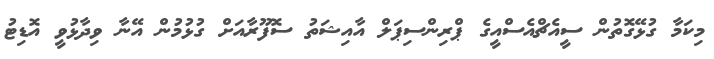
މިކަމާ ގުޅޭގޮތުން ސީއެޗްއެސްއީގެ ޕްރިންސިޕަލް އާއިޝަތު ސޮފޫރާއަށް ގުޅުމުން އޭނާ ވިދާޅުވީ އޮޑިޓު